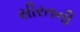
સીરતની